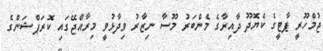
ޖުމްހޫރީ ޕާޓީގެ ކެޔޮދޫ ދާއިރާގެ މެންބަރު މޫސާ ނިޒާރު ވިދާޅުވީ މިރާއްޖޭގައި ކޮރަޕްޝަންގެ